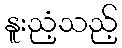
နူးညံ့သည့်